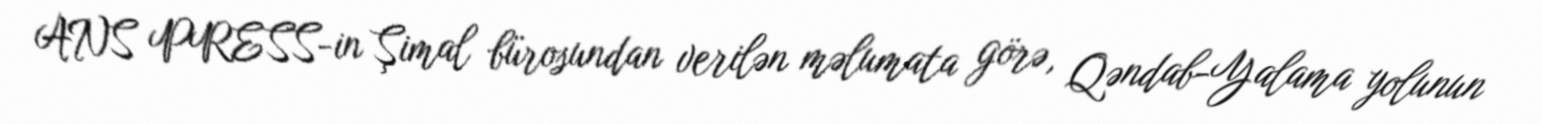
ANS PRESS-in Şimal bürosundan verilən məlumata görə, Qəndab-Yalama yolunun